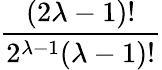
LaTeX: \frac{(2\lambda-1)!}{2^{\lambda-1}(\lambda-1)!}